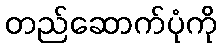
တည်ဆောက်ပုံကို